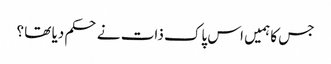
جس کا ہمیں اس پاک ذات نے حکم دیا تھا ؟